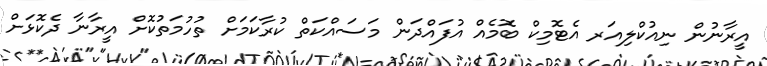
އީރާނުން ނިއުކްލިއަރ އެޓޮމިކް ބޮމެއް އުފައްދަން މަސައްކަތް ކުރާކަމަށް ތުހުމަތުކޮށް އީރާނާ ދެކޮޅަށް